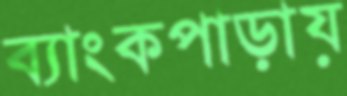
ব্যাংকপাড়ায়